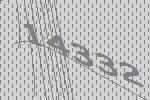
14332